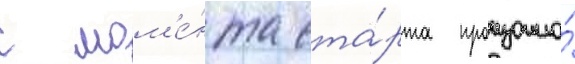
с мом'е́нта ста́рта произошло́